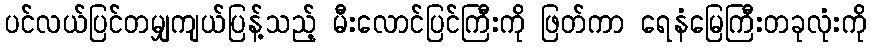
ပင်လယ်ပြင်တမျှကျယ်ပြန့်သည့် မီးလောင်ပြင်ကြီးကို ဖြတ်ကာ ရေနံမြေကြီးတခုလုံးကို